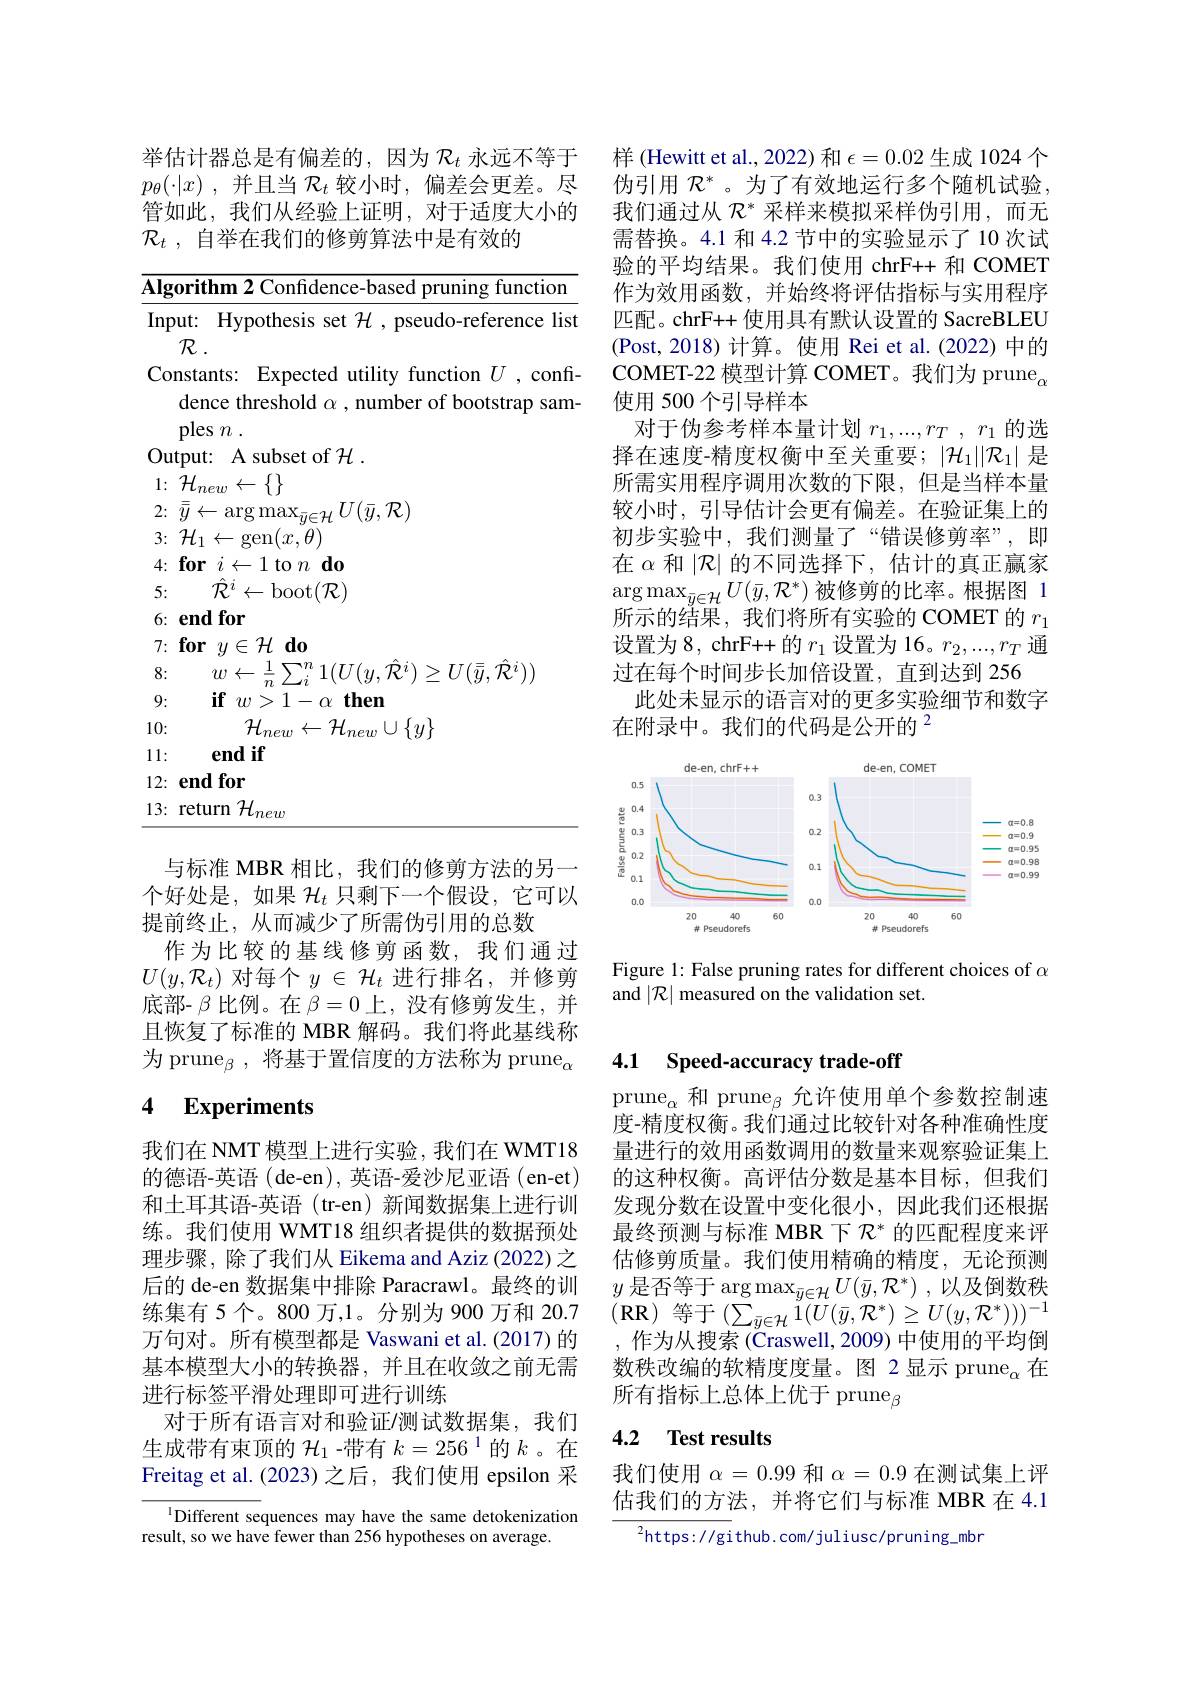
举估计器总是有偏差的，因为$\mathcal{R}_t$永远不等于$p_\theta ( \cdot | x)$ ,并且当$\mathcal{R}_t$较小时，偏差会更差。尽管如此，我们从经验上证明，对于适度大小的$\mathcal{R}_t$ ,自举在我们的修剪算法中是有效的

Algorithm 2 Confidence-based pruning function Input: Hypothesis set $\mathcal{H}$, pseudo-reference list
$\mathcal{R}.$
Constants: Expected utility function $U$ ,confi-
dence threshold $\alpha$ , number of bootstrap sam-
plesn .
Output: A subset of $\mathcal{H}.$
$1\nobreak {: } $ $\mathcal{H} _{new}\gets \{ \}$
2{:} $\bar{\bar{y} } \leftarrow \arg \max _{\bar{y} \in \mathcal{H} }U( \bar{y} , \mathcal{R} )$
$3\colon{\mathcal H}_{1}\gets$gen$(x,\tilde{\theta})$ $4\nobreak {: } \textbf{for}i\leftarrow 1$to$n\textbf{do}$ 5: $\hat{\mathcal{R} } ^{i}\leftarrow$boot$(\mathcal{R})$ 6: end for
$7: \textbf{for}y\in \mathcal{H} _{1}$do
8:
$w\leftarrow\frac{1}{n}\sum_{i}^{n}1(U(y,\hat{\mathcal{R}}^{i})\geq U(\bar{\bar{y}},\hat{\mathcal{R}}^{i}))$
9:
$\textbf{if}w> 1- \alpha$ then
10:
$\mathcal{H}_{new}\leftarrow\mathcal{H}_{new}\cup\{y\}$
11:
end if
12: end for
$\underline{13:\text{ return }\mathcal{H}_{new}}$

与标准 MBR 相比，我们的修剪方法的另一个好处是，如果$\mathcal{H}_t$只剩下一个假设，它可以提前终止，从而减少了所需伪引用的总数
作为比较的基线修剪函数，我们通过$U(y,\mathcal{R}_t)$对每个$y\in\mathcal{H}_t$进行排名，并修剪底部- $\beta$比例。在$\beta=0$上，没有修剪发生，并且恢复了标准的 MBR 解码。我们将此基线称为 prune$_\beta$,将基于置信度的方法称为 prune$_\alpha$

### 4 $\textbf{Experiments}$

我们在 NMT 模型上进行实验，我们在 WMT18的德语-英语(de-en),英语-爱沙尼亚语(en-et) 和土耳其语-英语(tr-en)新闻数据集上进行训练。我们使用 WMT18 组织者提供的数据预处理步骤，除了我们从 Eikema and Aziz (2022) 之后的 de-en 数据集中排除 Paracrawl。最终的训练集有 5 个。800 万，1。分别为 900 万和 20.7万句对。所有模型都是 Vaswani et al.(2017) 的基本模型大小的转换器，并且在收敛之前无需进行标签平滑处理即可进行训练
对于所有语言对和验证/测试数据集，我们生成带有束顶的$\mathcal{H}_1$ -带有$k=256^{1}$的$k$。在Freitag et al.(2023) 之后，我们使用 epsilon 采

$^{1}$Different sequences may have the same detokenization
result, so we have fewer than 256 hypotheses on average.

样 (Hewitt et al., 2022) 和$\epsilon=0.02$生成 1024 个伪引用$\mathcal{R}^*$。为了有效地运行多个随机试验。我们通过从$\mathcal{R}^*$采样来模拟采样伪引用，而无需替换。4.1 和 4.2 节中的实验显示了 10 次试验的平均结果。我们使用 chrF++ 和 COMET 作为效用函数，并始终将评估指标与实用程序匹配。chrF++ 使用具有默认设置的 SacreBLEU (Post,2018) 计算。使用 Rei et al.(2022) 中的COMET-22 模型计算 COMET。我们为 prune$_\alpha$ 使用 500 个引导样本
对于伪参考样本量计划$r_1,...,r_T,r_1$的选择在速度-精度权衡中至关重要；$|\mathcal{H}_1||\mathcal{R}_1|$是所需实用程序调用次数的下限，但是当样本量较小时，引导估计会更有偏差。在验证集上的初步实验中，我们测量了“错误修剪率”,即在$\alpha$和$|\mathcal{R}|$的不同选择下，估计的真正赢家$\arg\max_{\bar{y}\in\mathcal{H}}U(\bar{y},\mathcal{R}^*)$被修剪的比率。根据图 1所示的结果，我们将所有实验的 COMET 的$r_1$ 设置为 8, chrF++ 的$r_1$设置为 16。$r_2,...,r_T$通过在每个时间步长加倍设置，直到达到 256
此处未显示的语言对的更多实验细节和数字
在附录中。我们的代码是公开的$^{2}$

<FigureHere>

Figure 1: False pruning rates for different choices of $\alpha$
and $|\mathcal{R}|$ measured on the validation set.

## 4.1 Speed-accuracy trade-off

prune$_\alpha$和 prune$_\beta$允许使用单个参数控制速度-精度权衡。我们通过比较针对各种准确性度量进行的效用函数调用的数量来观察验证集上的这种权衡。高评估分数是基本目标，但我们发现分数在设置中变化很小，因此我们还根据最终预测与标准 MBR 下$\mathcal{R}^*$的匹配程度来评估修剪质量。我们使用精确的精度，无论预测$y$ 是否等于$\arg\max_{\bar{y}\in\mathcal{H}}U(\bar{y},\mathcal{R}^{*})$ ,以及倒数秩$(\mathbf{RR})$等于$(\sum_{\bar{y}\in\mathcal{H}}1(U(\bar{y},\mathcal{R}^{*})\geq U(y,\mathcal{R}^{*})))^{-1}$
作为从搜索 (Craswell, 2009) 中使用的平均倒数秩改编的软精度度量。图 2显示 prune$_\alpha$在所有指标上总体上优于 prune$_{\beta}$

## 4.2 Test results

我们使用$\alpha=0.99$和$\alpha=0.9$在测试集上评估我们的方法，并将它们与标准 MBR 在 4.1

$^{2}$https://github.com/juliusc/pruning\_mbr